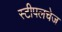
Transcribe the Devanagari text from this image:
स्टीपलचेज